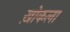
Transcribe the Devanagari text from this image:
ख़ोकला